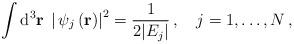
LaTeX: \begin{align*}\int{\rm d}^3{\bf r}\;\left|\,\psi_j\left({\bf r}\right)\right|^2=\frac{1}{2\vert E_j\vert}\,,\quad j=1,\ldots,N\,,\end{align*}